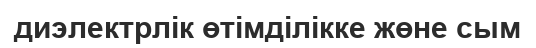
диэлектрлік өтімділікке жөне сым